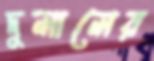
দুলালের